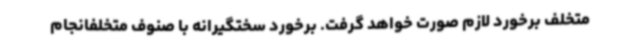
متخلف برخورد لازم صورت خواهد گرفت. برخورد سختگیرانه با صنوف متخلفانجام